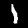
Digit: 1